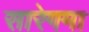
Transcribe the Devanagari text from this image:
सारेगमा